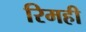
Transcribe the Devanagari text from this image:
रिमही